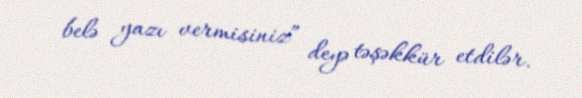
belə yazı vermisiniz” deyə təşəkkür etdilər.